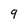
Character: 9